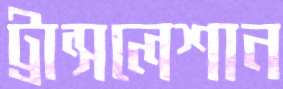
ট্রান্সলেশান